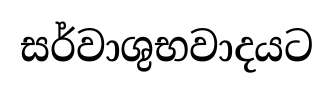
සර්වාශුභවාදයට